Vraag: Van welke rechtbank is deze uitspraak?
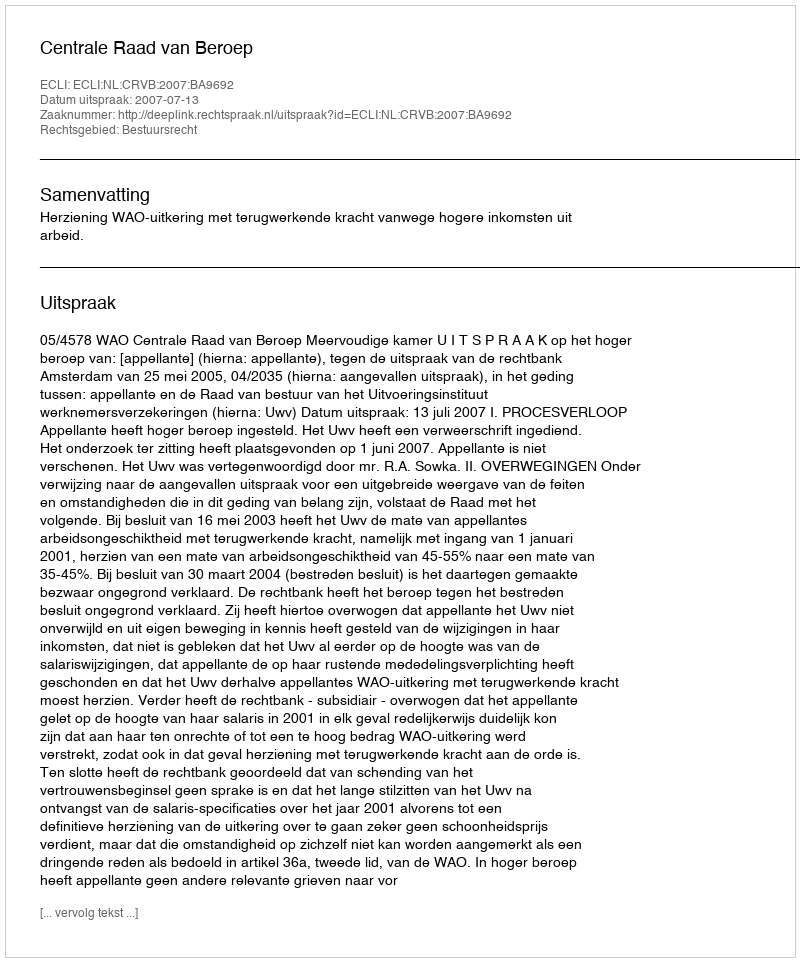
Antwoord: Centrale Raad van Beroep